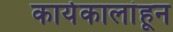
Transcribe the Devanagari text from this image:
कार्यकालांहून